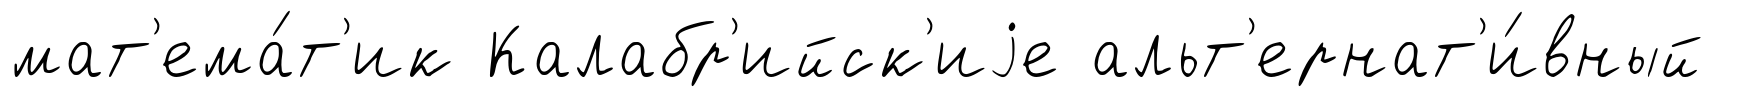
мат'ема́т'ик Калабр'ийск'иjе альт'ернат'и́вный